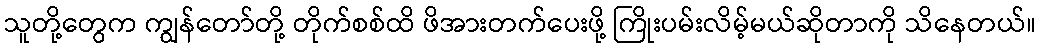
သူတို့တွေက ကျွန်တော်တို့ တိုက်စစ်ထိ ဖိအားတက်ပေးဖို့ ကြိုးပမ်းလိမ့်မယ်ဆိုတာကို သိနေတယ်။